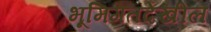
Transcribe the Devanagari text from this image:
भूमिगतदेखील